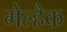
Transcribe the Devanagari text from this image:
मेल्हैक